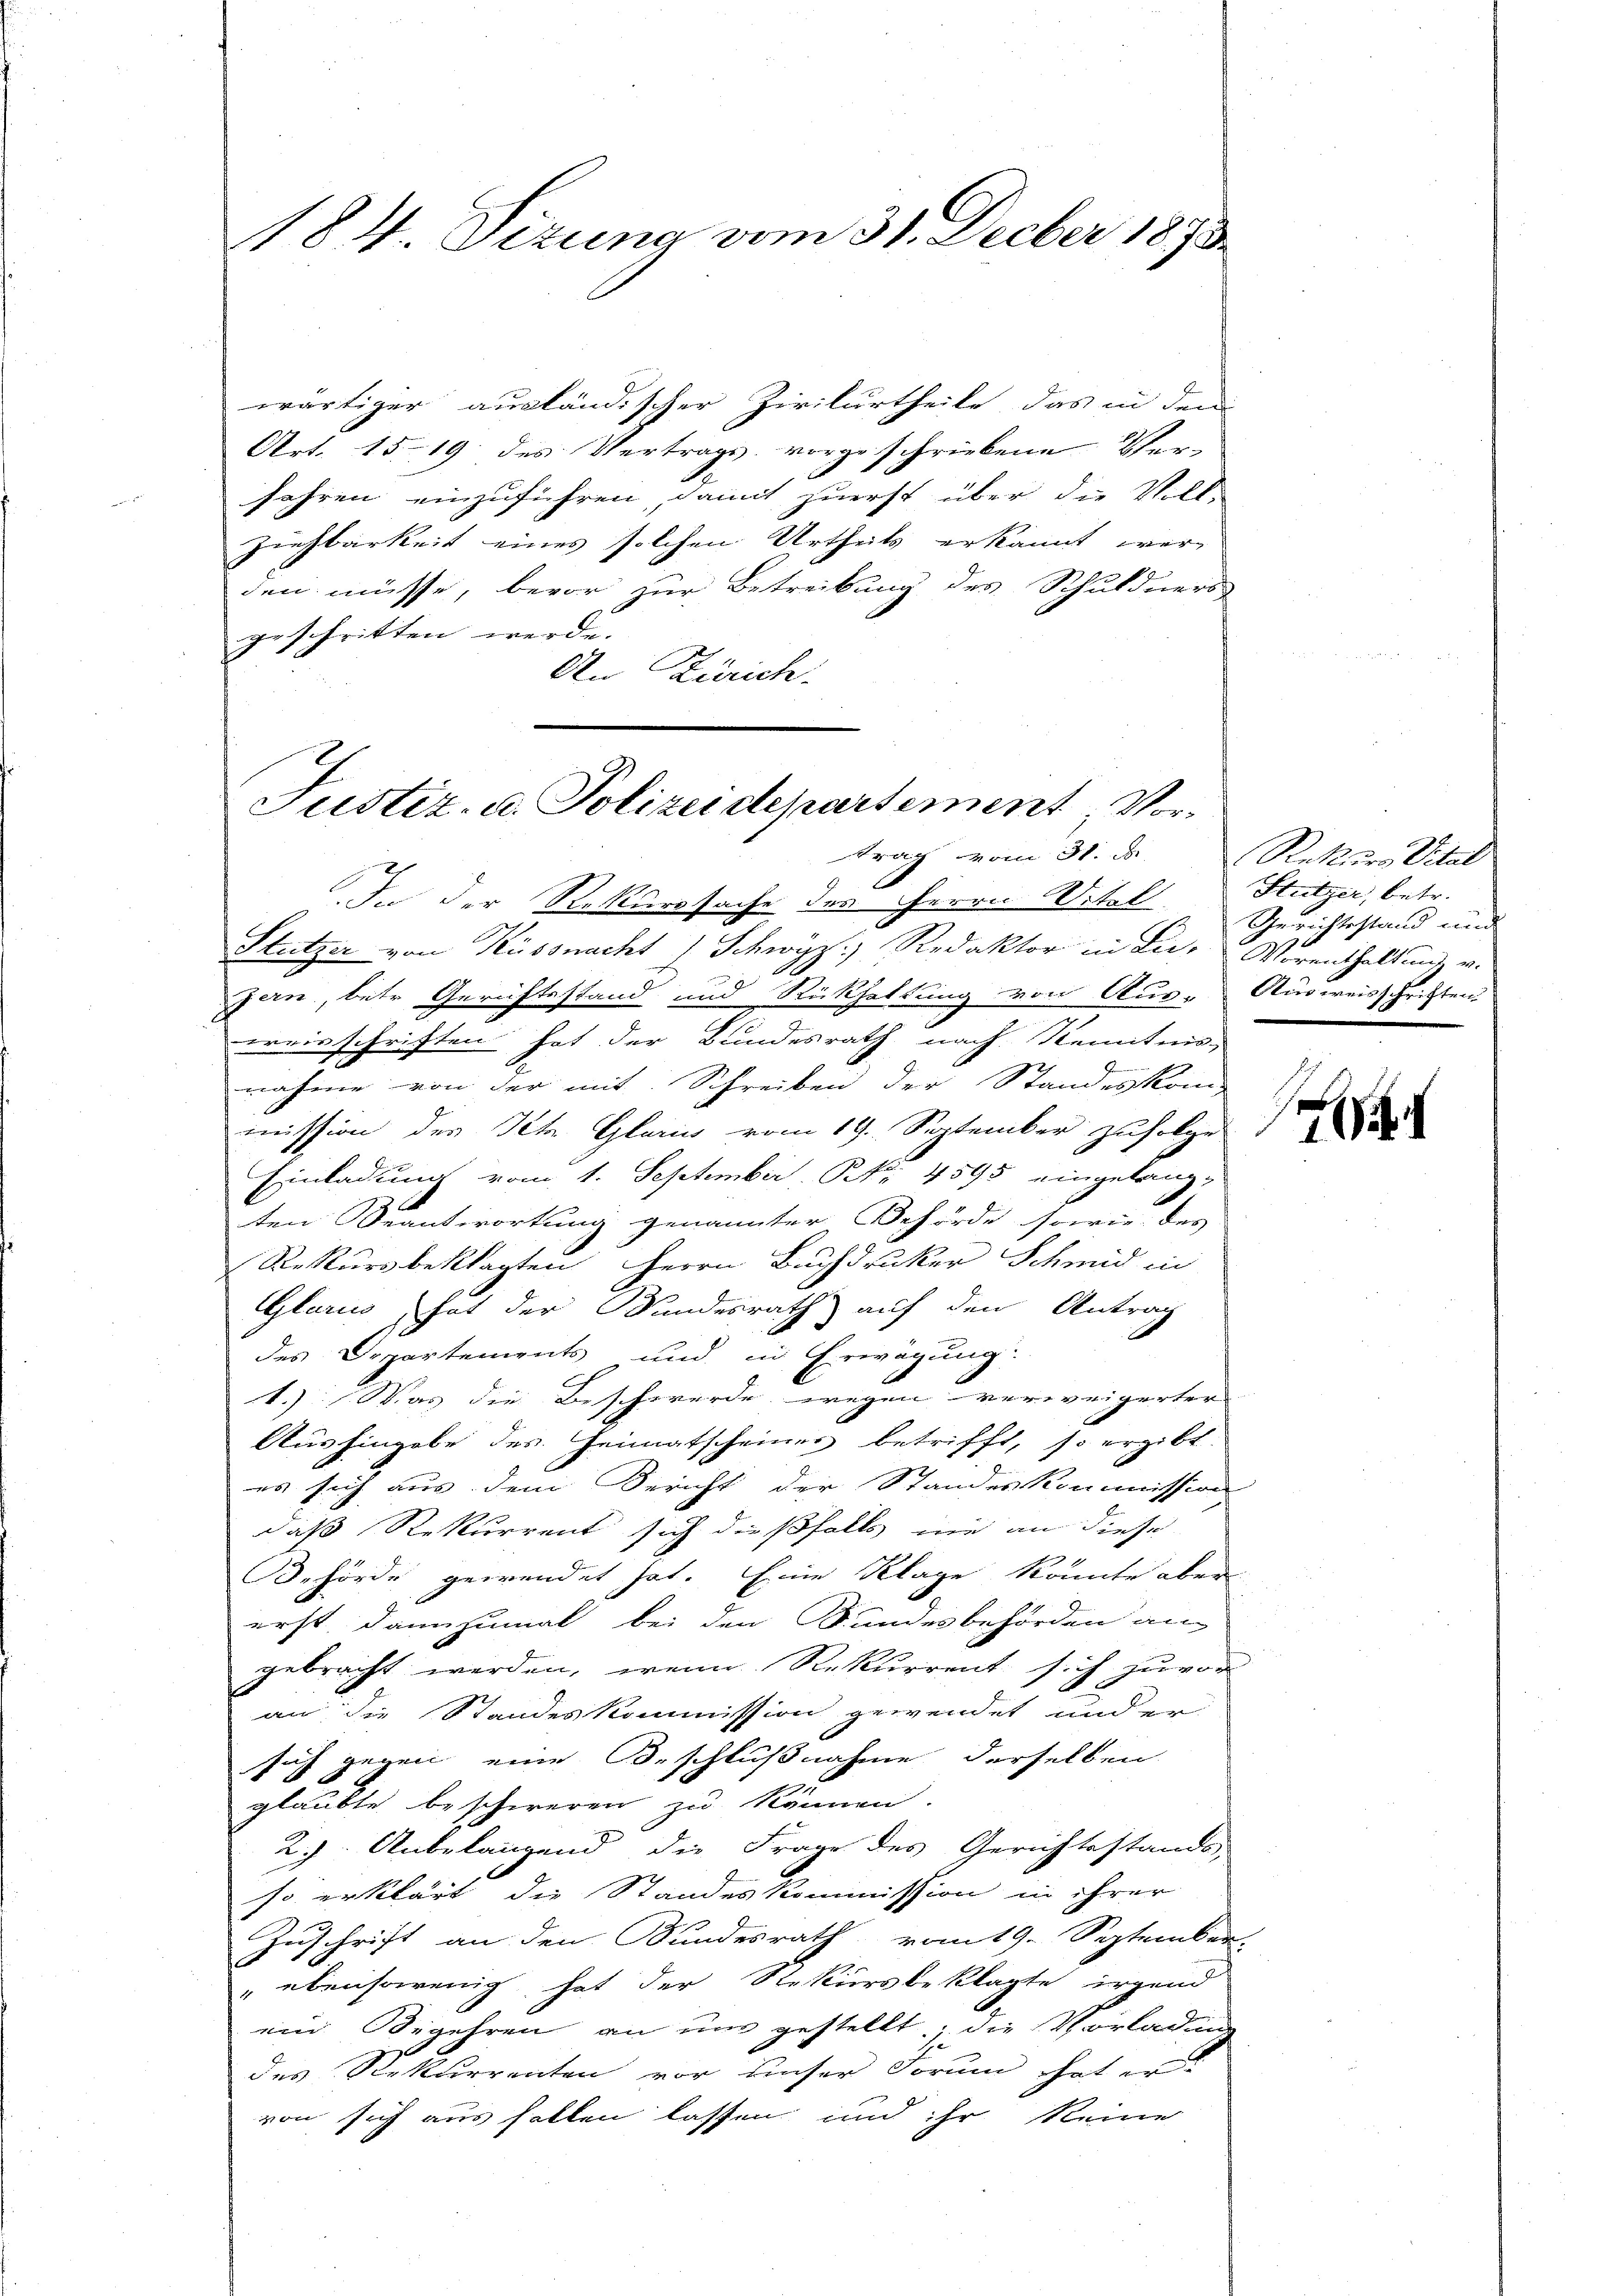
184 Sizung vom 31. Decber 1893.

wärtiger ausländischer Zivilurtheile, das in dem
Art. 15-19 des Vertrags vorgeschriebene Ver-
Jahren einzuführen damit zuerst über die Voll-
Ziehbarkeit eines solchen Urtheils erkannt wer-
den müsse, bevor zur Betreibung des Schuldners
geschritten werde.
An Zürich.

Justiz- u. Polizeidepartement Vor¬

trag vom 31. J
In der Rekurssache des Herrn Otel
Stutzer von Küssnacht / Schwyz) Redaktor in Lie-Vorenthaltung v.
jern, betr Gerichtestand und Rückhaltung von Aus-Ausweisschritten,
wreisschriften hat der Bundesrath nach Kenntnis-
nahme von der mit Schreiben der Standeskom
mission der St. Glanz vom 19. September zufolge
Einladung vom 1. September. Nr. 4595 eingelang-
ten Beantwortung genannter Behörde sowie des
Rekursbeklagten Herrn Buchdrucker Schmid in
Glarus, hat der Kundesrath auf den Antrag
des Departements und in Erwägung:
1.) Was die Beschwerde wegen verweigerter |
Aushingabe des Heimatscheiner betrifft, so ergibt.
es sich aus dem Bericht der Standeskommission
daß Rekurrent sich dießfalls nie an diese
1
Behörde gewendet hat. Eine Klage könnte aber
erst dannzumal bei den Randesbehörden an
gebracht werden, wenn Rekurrent sich zuvor
an die Standeskommission gewendet und er
sich gegen eine Beschlußnahme derselben
glaubte beschweren zu können.
2). Anbelangend die Frage des Gerichtsstandes
so erklärt die Standeskommission in ihrer
Zuschrift an den Bundesrath vom 19. September.
" ebensowenig hat der Rekursbeklagte irgend
ein Begehren an um gestellt, die Vorladung
des Rekurrenten vor unser Forum hat er-
von sich aus halten lassen und ihr keine

Rekurs Titel
Stützer, betr.
Gerichtsstand und